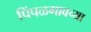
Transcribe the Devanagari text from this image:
पिंपळगावच्या